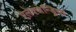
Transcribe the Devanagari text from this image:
ऐलेक्जेन्ड्रिया